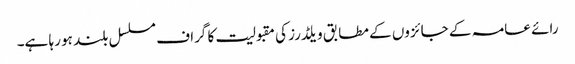
رائے عامہ کے جائزوں کے مطابق ویلڈرز کی مقبولیت کا گراف مسلسل بلند ہو رہا ہے۔